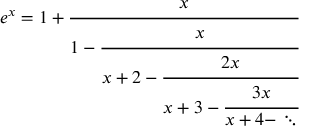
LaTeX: e ^ { x } = 1 + { \cfrac { x } { 1 - { \cfrac { x } { x + 2 - { \cfrac { 2 x } { x + 3 - { \cfrac { 3 x } { x + 4 - \ddots } } } } } } } }